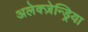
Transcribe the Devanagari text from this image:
अलेक्ज़ेन्ड्रिया